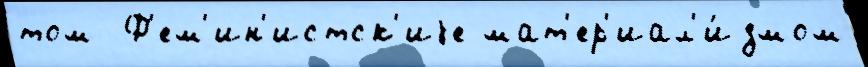
том  Ф'ем'ин'истск'иjе мат'ер'иал'и́змом